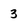
Character: 3